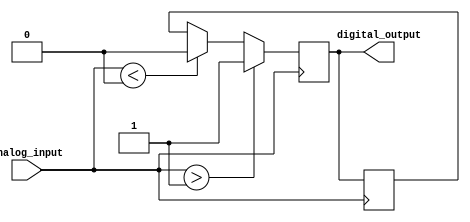
module schmitt_trigger_buffer (
    input wire analog_input,
    output reg digital_output
);

// Define parameter values for Schmitt trigger hysteresis thresholds
parameter THRESHOLD_HIGH = 1'b1;
parameter THRESHOLD_LOW = 1'b0;

// Internal state variables
reg previous_output;

always @(posedge analog_input) begin
    if(analog_input > THRESHOLD_HIGH) begin
        digital_output <= 1'b1;
    end else if (analog_input < THRESHOLD_LOW) begin
        digital_output <= 1'b0;
    end else begin
        digital_output <= previous_output;
    end
    previous_output <= digital_output;
end

endmodule